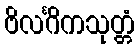
ဗိလင်္ဂိကသုတ္တံ